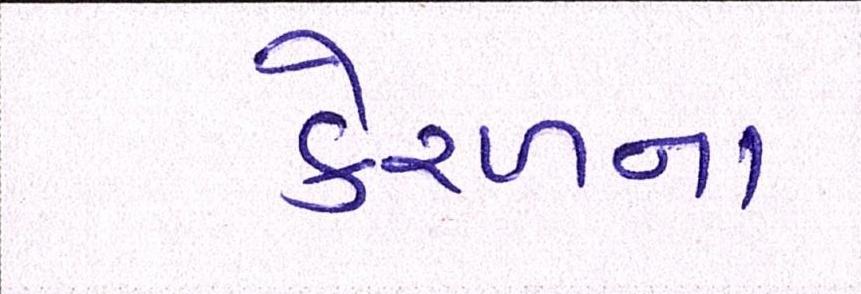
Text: કેરળના